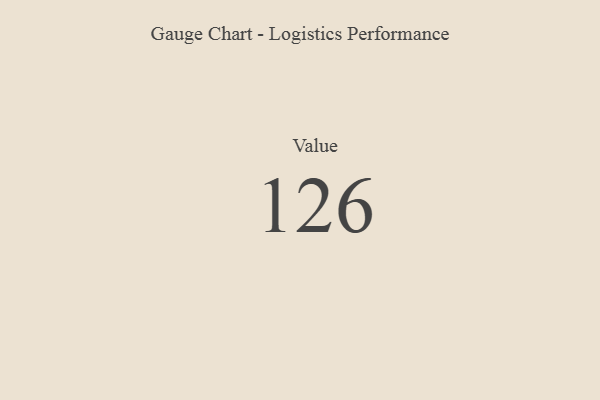
{"axis": {"x": "Metric", "y": "Value"}, "legend": [""], "data": [{"x": "Value", "y": 126, "type": ""}]}